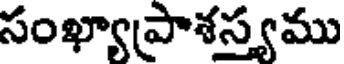
సంఖ్యాప్రాశస్త్యము